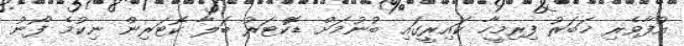
އުފާވެރި ޚަބަރު ފިރިމީހާ ކައިރީގައި ބުނުމަށް ޑޮކްޓަރު ބަލާ ކޮޓަރިން ނިކުމެ ފޯނު